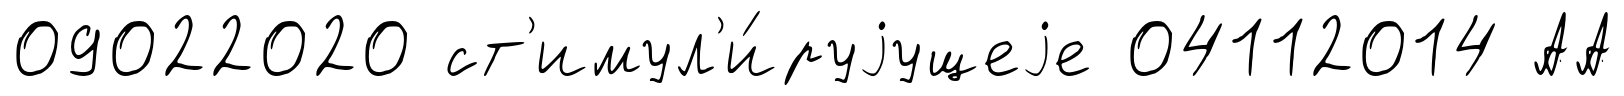
09022020 ст'имул'и́руjущеjе 04112014 АА